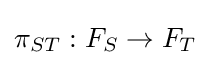
\pi _{ST}:F_{S}\to F_{T}